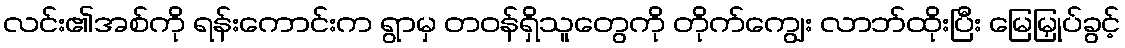
လင်း၏အစ်ကို ရန်းကောင်းက ရွာမှ တဝန်ရှိသူတွေကို တိုက်ကျွေး လာဘ်ထိုးပြီး မြေမြှုပ်ခွင့်